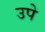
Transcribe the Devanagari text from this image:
उपे